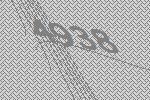
4938